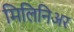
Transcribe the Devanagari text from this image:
मिलिनिअर